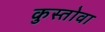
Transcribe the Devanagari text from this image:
कुस्तोवा